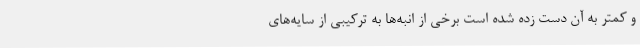
و کمتر به آن دست زده شده است برخی از انبه‌ها به ترکیبی از سایه‌های